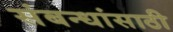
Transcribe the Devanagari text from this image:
संबन्धांसाठी